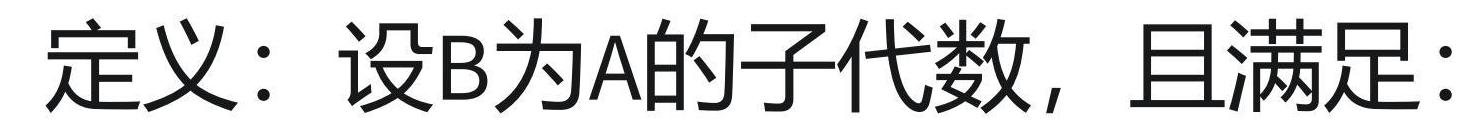
定义：设B为A的子代数，且满足：